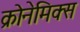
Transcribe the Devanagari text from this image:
क्रोनेमिक्स